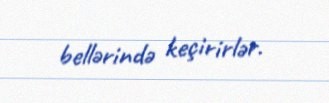
bellərində keçirirlər.